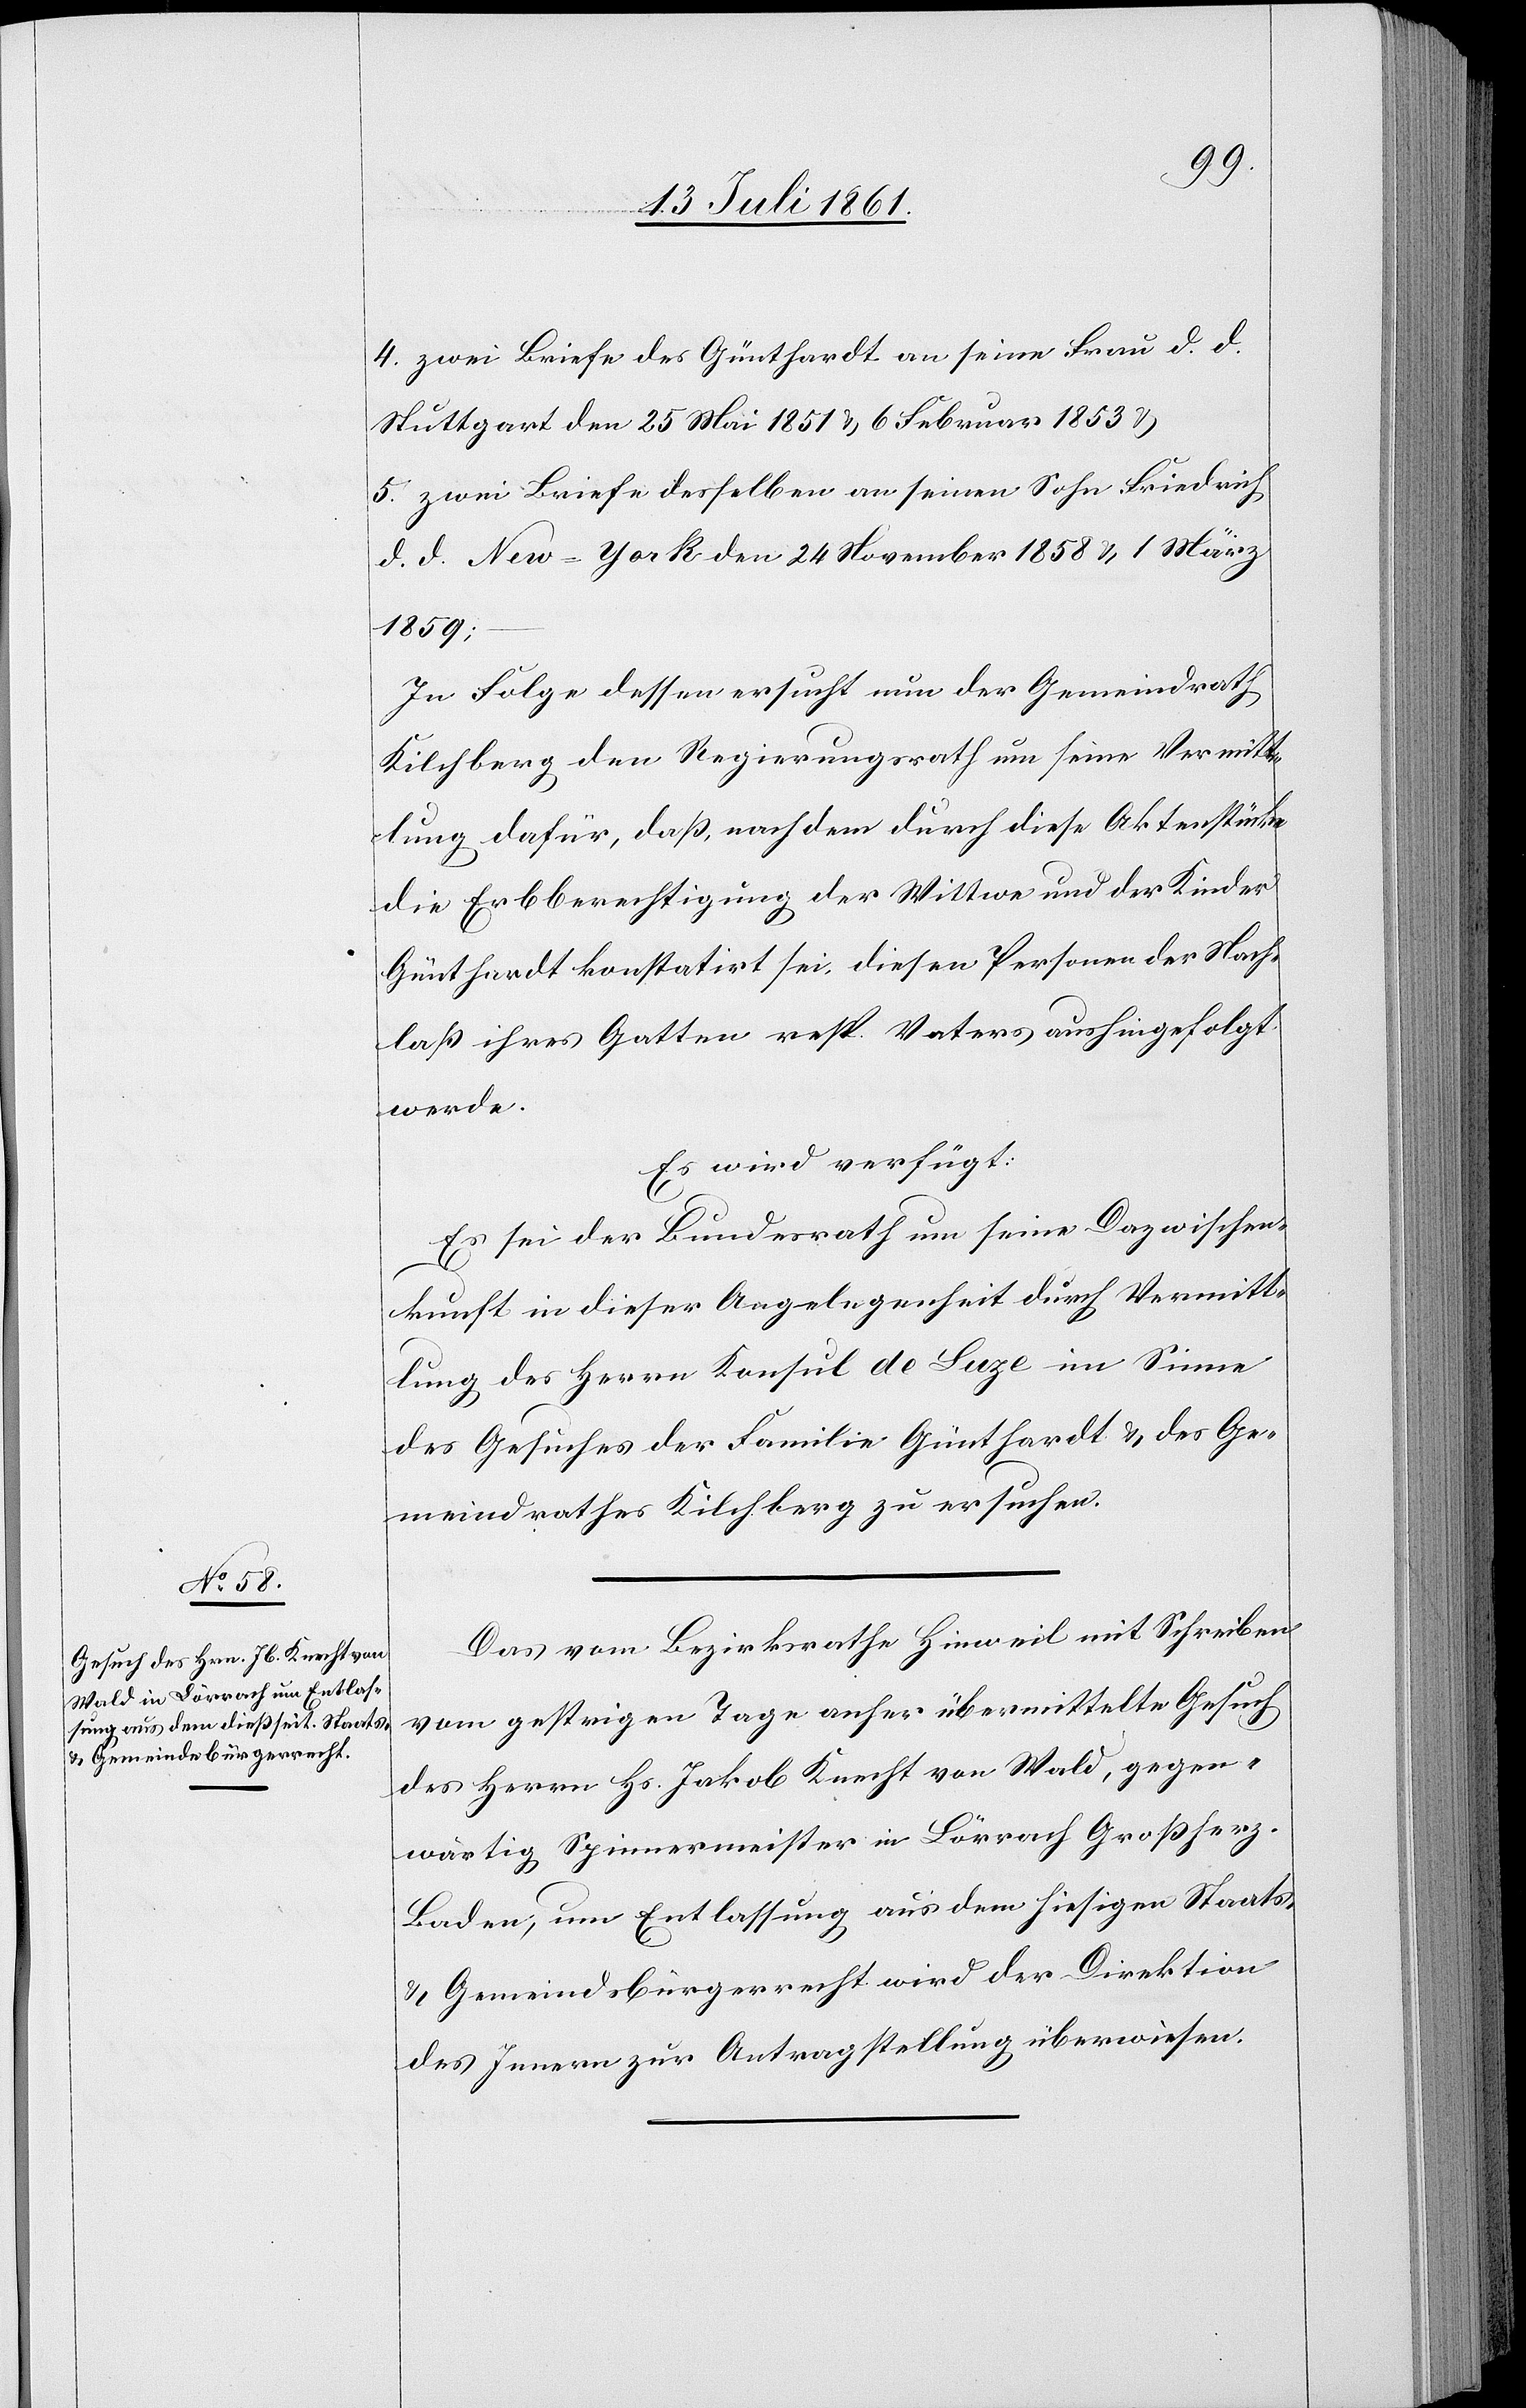
17 Juli 1861.]
4. zwei Briefe des Günthardt an seine Frau d. d.
Stuttgart den 25 Mai 1851 u. 6 Februar 1853 u.
5. zwei Briefe desselben an seinen Sohn Friedrich
d. d. New-York den 24 November 1858 u 1 März
1859;
In Folge dessen ersucht nun der Gemeindrath
Kilchberg den Regierungsrath um seine Vermitt¬
lung dafür, daß, nach dem durch diese Aktenstücke
die Erbberechtigung der Wittwe und der Kinder
Günthardt konstatirt sei, diesen Personen der Nach¬
laß ihres Gatten resp. Vaters aushingefolgt
werde.
Es wird verfügt:
Es sei der Bundesrath um seine Dazwischen¬
kunft in dieser Angelegenheit durch Vermitt¬
lung des Herrn Konsul de Luze im Sinne
des Gesuches der Familie Günthardt u. des Ge¬
meindrathes Kilchberg zu ersuchen.
Das vom Bezirksrathe Hinweil mit Schreiben
vom gestrigen Tage anher übermittelte Gesuch
des Herrn Hs. Jakob Knecht von Wald, gegen¬
wärtig Spinnermeister in Lörrach Großherz.
Baden, um Entlassung aus dem hiesigen Staats-
u. Gemeindsbürgerrecht wird der Direktion
des Innern zur Antragstellung überwiesen.